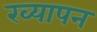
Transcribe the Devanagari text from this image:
ख्यापन